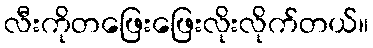
လီးကိုတဖြေးဖြေးလိုးလိုက်တယ်။